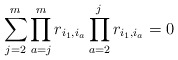
\begin{gather*} \sum_{j=2}^{m} \prod_{a=j}^{m} r_{i_{1},i_{a}} \prod_{a=2}^{j}r_{i_{1},i_{a}} = 0\end{gather*}